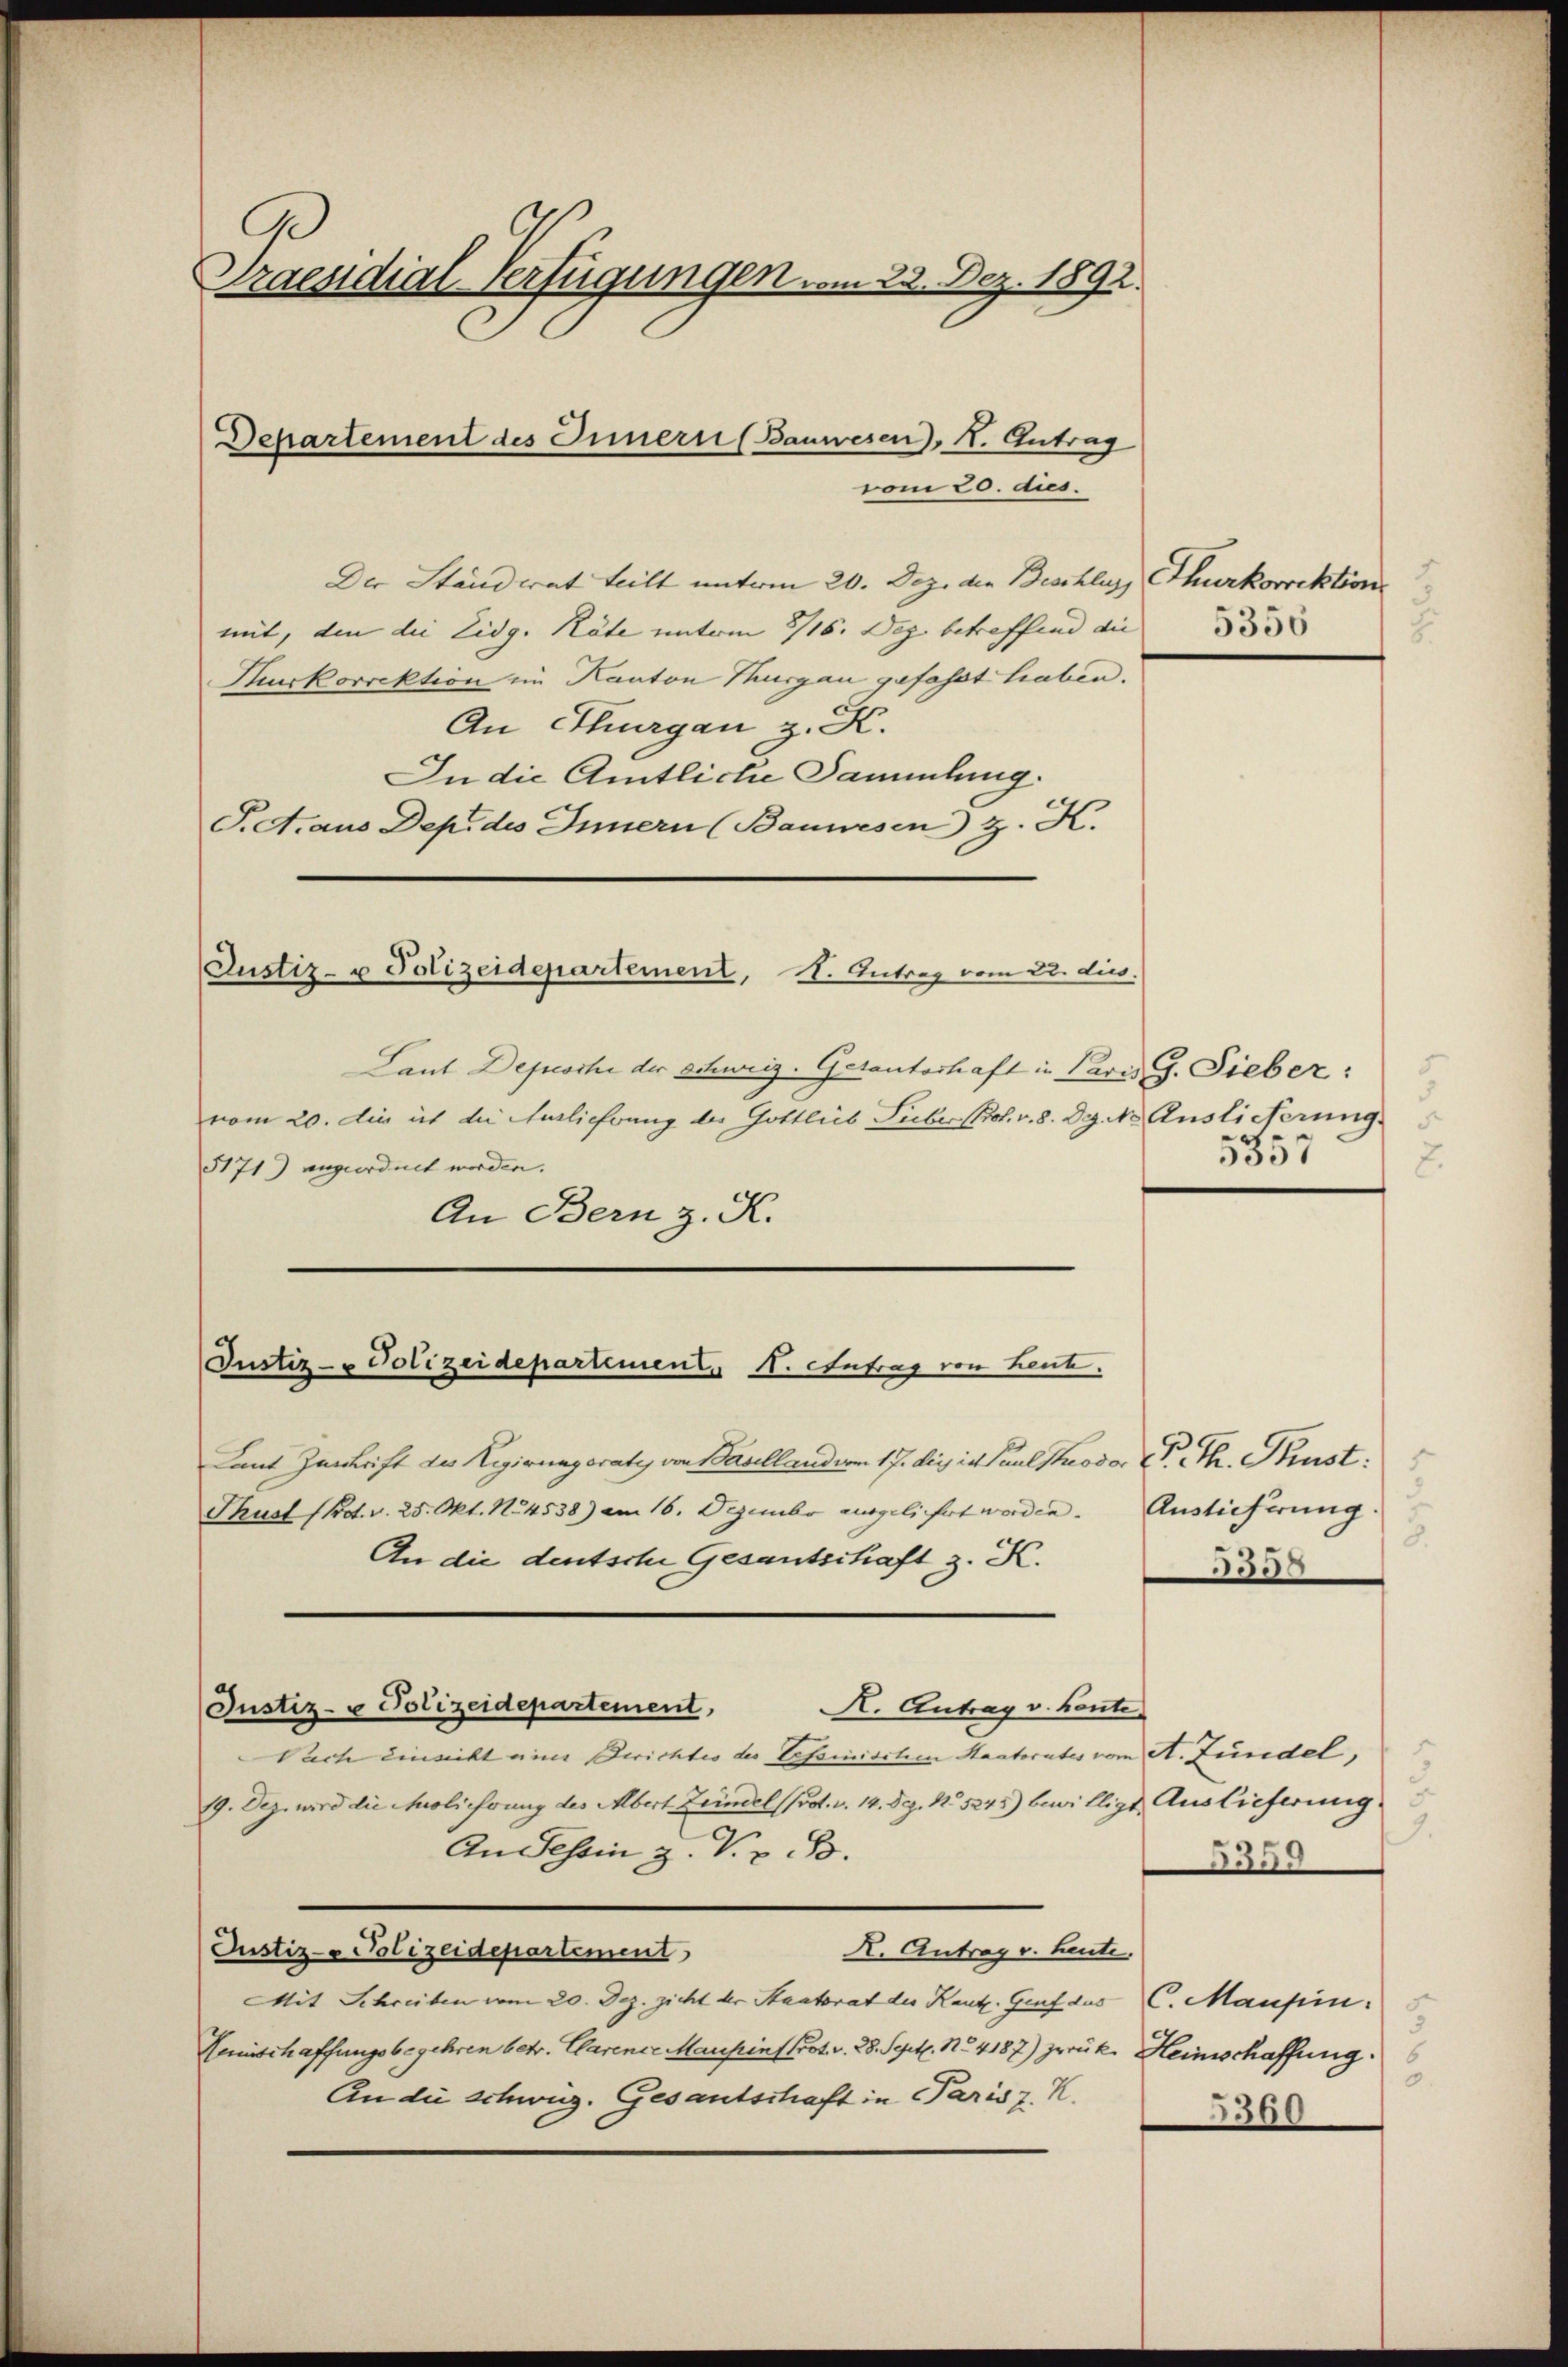
Praesidial-Verfügungen vom 23. Dez. 1892.

Der Ständerat teilt unterm 20. Dez. die Beschles, Thurkorrektion
mit, den die Eidg. Räte unterm 8/16. Dez. betreffend die
Muskorrektion im Kanton Thurgau gefasst haben.
An Thurgau z. K.
In die Amtliche Sammlung.
S. Araus Dep. des Innern (Banwesen z. K.

Departement des Innern (Bauwesen), I. Antrag
vom 20. dies

Justiz- u Polizeidepartement, 1. Antrag vom 22. dies

Justiz- & Polizeidepartement N. Antrag von Leut

Justiz- & Polizeidepartement,

Laut Depesche der Schweiz. Gesanterhaft in Paris G. Sieber:
vom 20. die ist die Ausliehrung der Gottlieb Sieber Prof. v. 8. Dez. 10 Auslieferung
5171) angeordnet worden.
An Bern z. K.

5350
2

Laut Zuschrift der Regirungsrate von Basellandern 17. Sie in Paul stroder CV. Th. Prust.
Thusl (Kot. v. 25. Okt. No. 4538) am 16. Dezember ausgeliehrt worden.
An die deutsche Gesantschaft z. K.
K. Antrag v. Konte
Nach einsicht eine Berichtes des Tessinischen Staatorates vom A. Lündel,
19. Dez. wird die Ausliehrung des Albert Zündel (Post. v. 14. Dez. No 5245) bewilligt Auslieferung
An Tessin z. V. v. B.
Justiz- Polizeidepartement
X. Antrag v. Leute.
Mit Schreiben vom 20. Dez. zicht der Staatsrat der Kant. Graf des C. Mansin
Menschaffungsbegehren betr. Clarence Mausins Prot. v. 28. Sept. No 4187) zurück. Heimschaffung
An die schweiz. Gesantschaft in Paris z. K.

5357
2.

Auslieferung
s
358

9.
5359

3
0.
5360